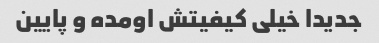
جدیدا خیلی کیفیتش اومده و پایین